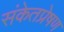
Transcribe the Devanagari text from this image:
संकेतप्रेषण